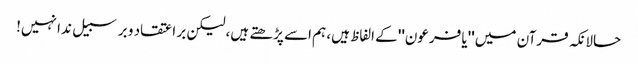
حالانکہ قرآن میں ''یا فرعون'' کے الفاظ ہیں، ہم اسے پڑھتے ہیں، لیکن بر اعتقاد و برسبیل ندا نہیں!